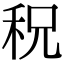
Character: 𥞏